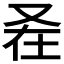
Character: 𭆩